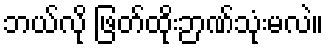
ဘယ်လို ဖြတ်ထိုးဉာဏ်သုံးမလဲ။